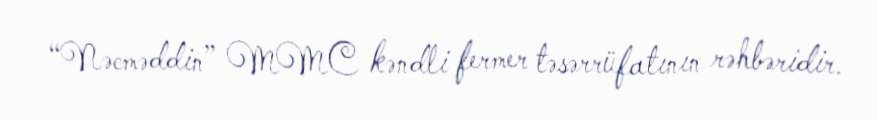
“Nəcməddin” MMC kəndli fermer təsərrüfatının rəhbəridir.